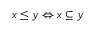
x \leq y \Leftrightarrow x \subseteq y